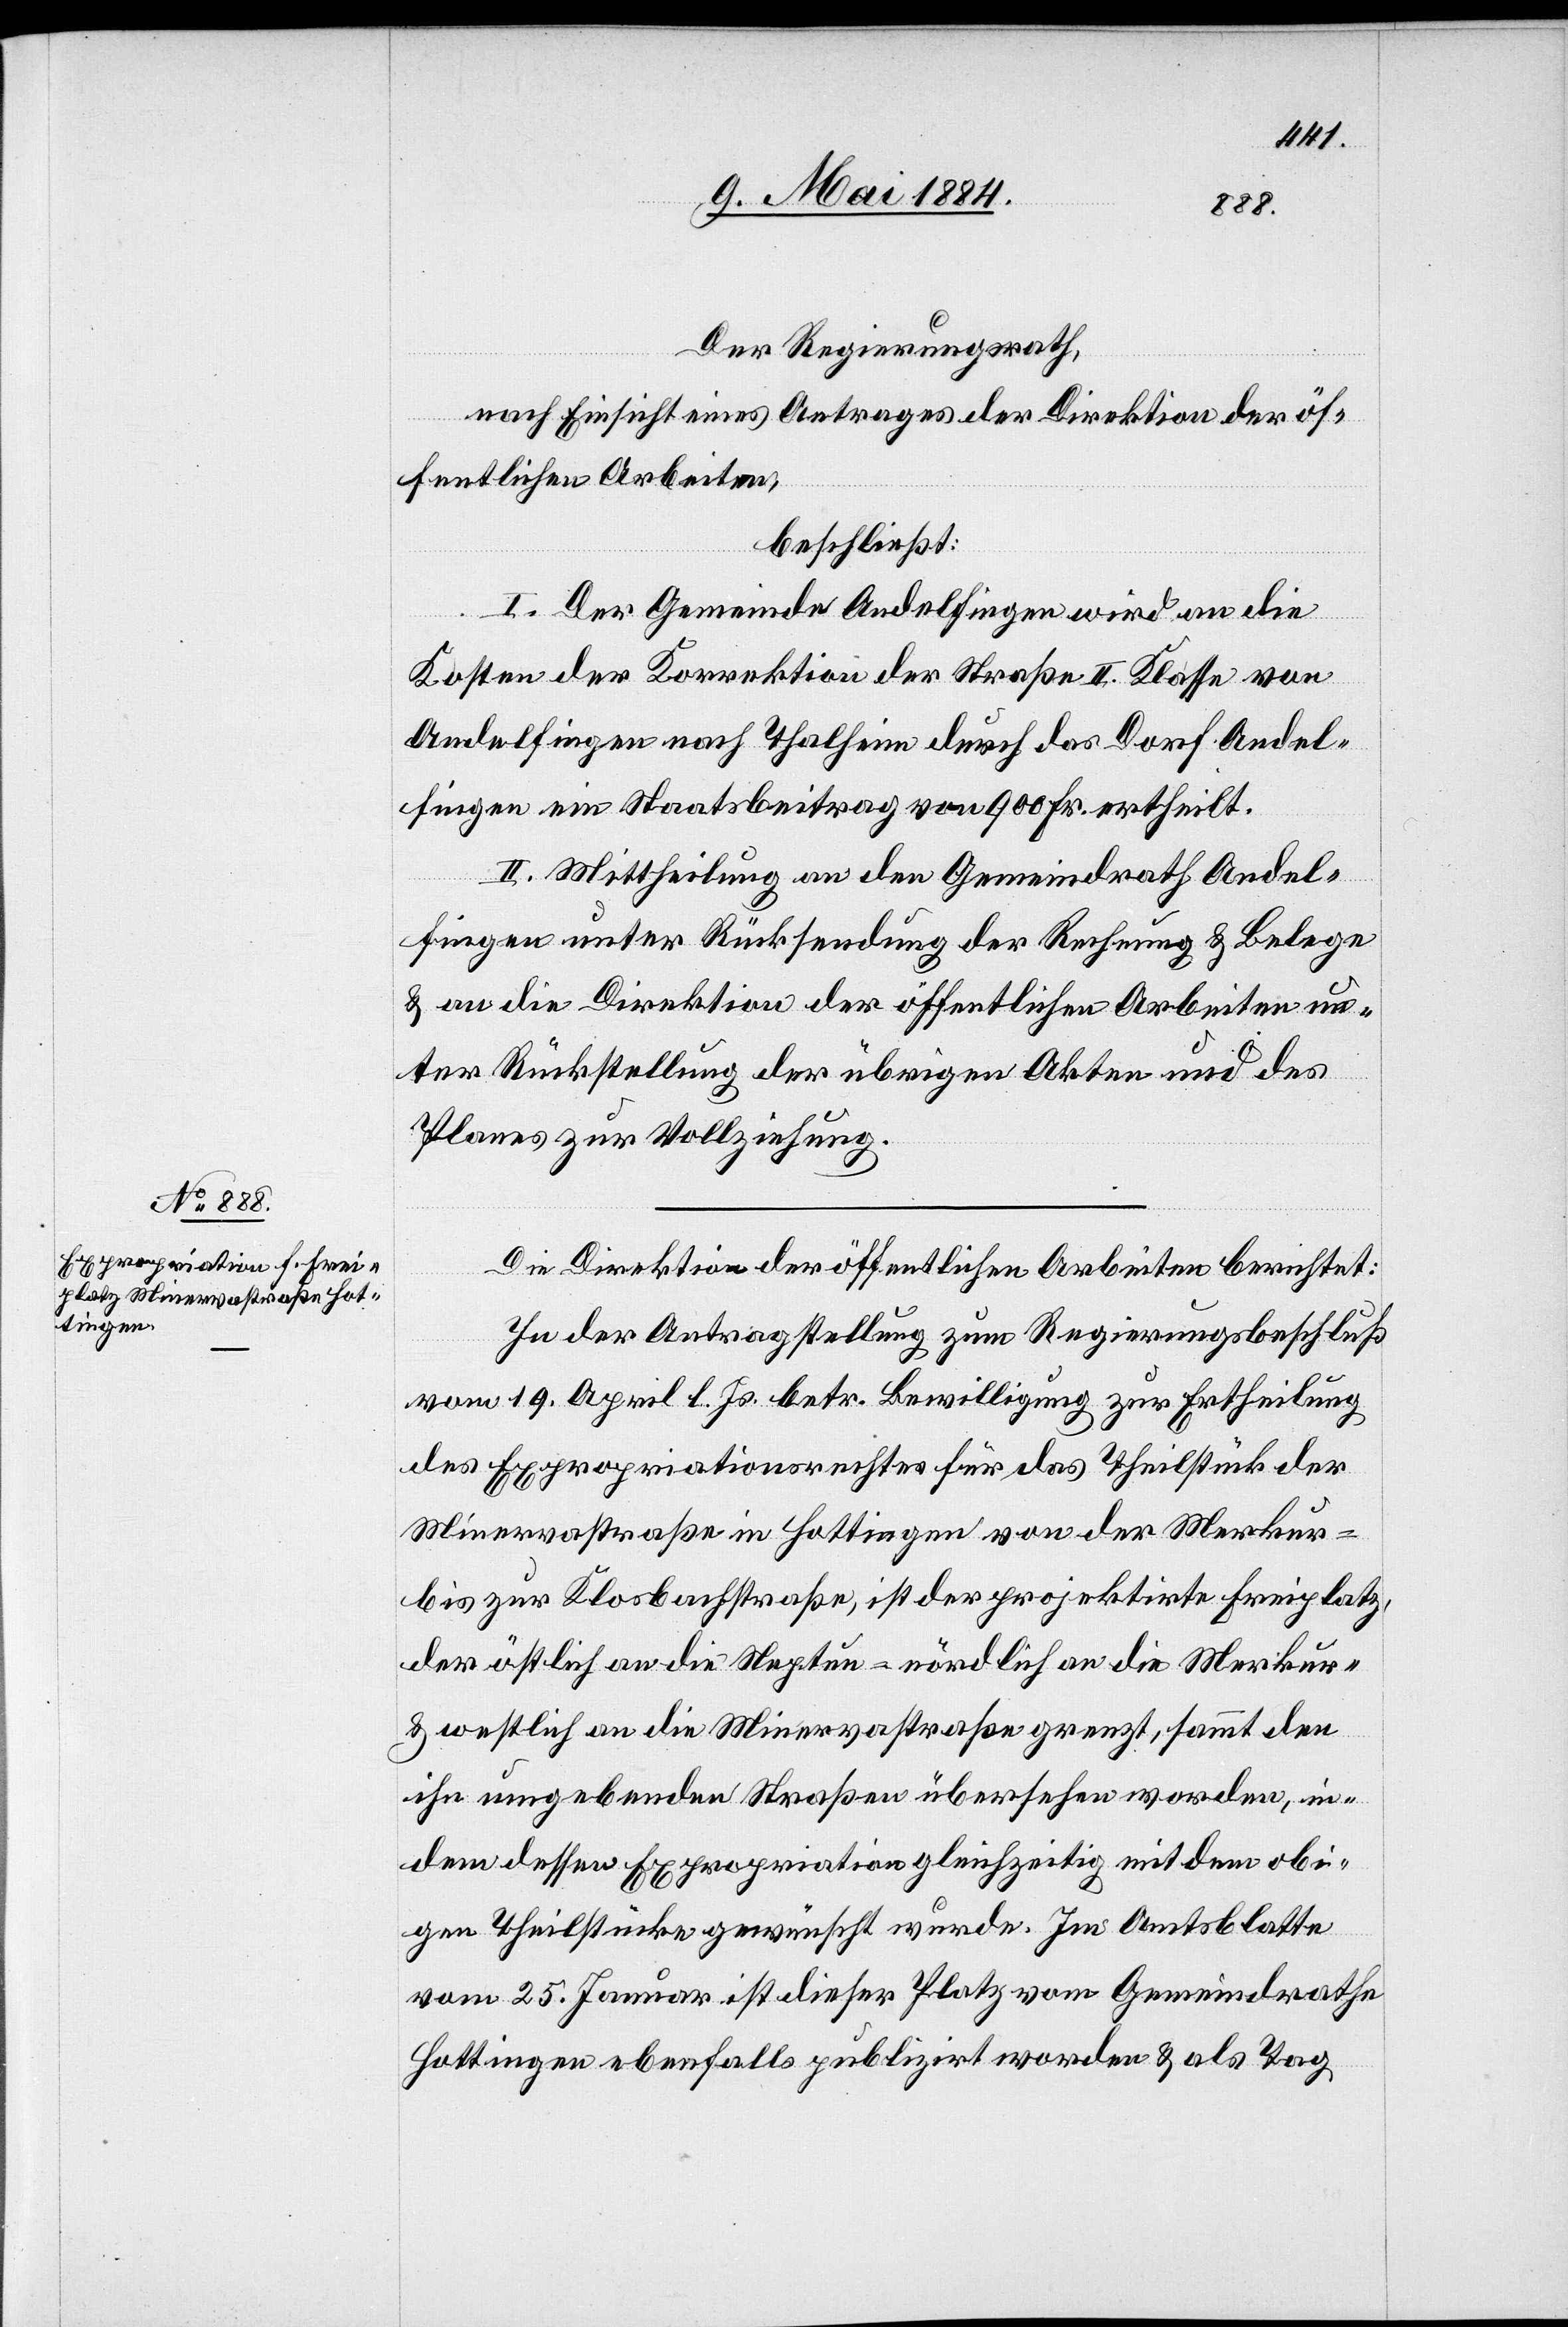
Der Regierungsrath,
nach Einsicht eines Antrages der Direktion der öf¬
fentlichen Arbeiten,
beschließt:
I. Der Gemeinde Andelfingen wird an die
Kosten der Korrektion der Straße II. Klasse von
Andelfingen nach Thalheim durch das Dorf Andel¬
fingen ein Staatsbeitrag von 900 Fr. ertheilt.
II. Mittheilung an den Gemeindrath Andel¬
fingen unter Rücksendung der Rechnung & Belege
& an die Direktion der öffentlichen Arbeiten un¬
ter Rückstellung der übrigen Akten und des
Planes zur Vollziehung.